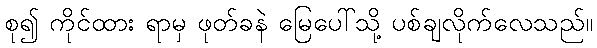
စု၍ ကိုင်ထား ရာမှ ဖုတ်ခနဲ မြေပေါ်သို့ ပစ်ချလိုက်လေသည်။